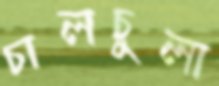
চালচুলা